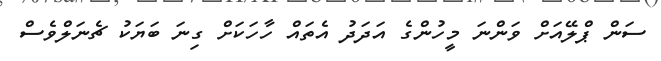
ސަން ޕްލޭއަށް ވަންނަ މީހުންގެ އަދަދު އެތައް ހާހަކަށް ގިނަ ބަޔަކު ޗެނަލްވެސް